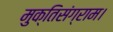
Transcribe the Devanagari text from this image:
मुक्तिसंग्राम।